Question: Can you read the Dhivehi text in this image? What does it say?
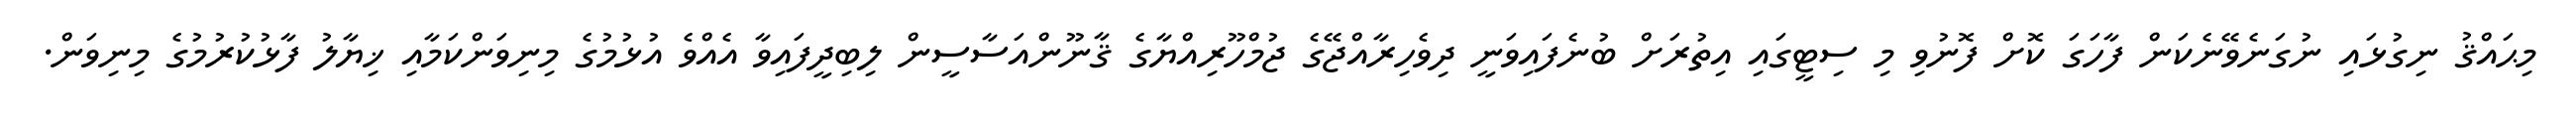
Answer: މިޙައްޤު ނިގުޅައި ނުގަނެވޭނެކަން ފާހަގަ ކޮށް ފޮނުވި މި ސިޓީގައި އިތުރަށް ބުނެފައިވަނީ ދިވެހިރާއްޖޭގެ ޖުމްހޫރިއްޔާގެ ޤާނޫންއަސާސީން ލިބިދީފައިވާ އެއްވެ އުޅުމުގެ މިނިވަންކަމާއި ޚިޔާލު ފާޅުކުރުމުގެ މިނިވަން.